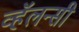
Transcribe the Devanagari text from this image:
व्हॅलन्सी